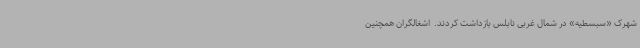
شهرک «سبسطیه» در شمال غربی نابلس بازداشت کردند. ‌ اشغالگران همچنین